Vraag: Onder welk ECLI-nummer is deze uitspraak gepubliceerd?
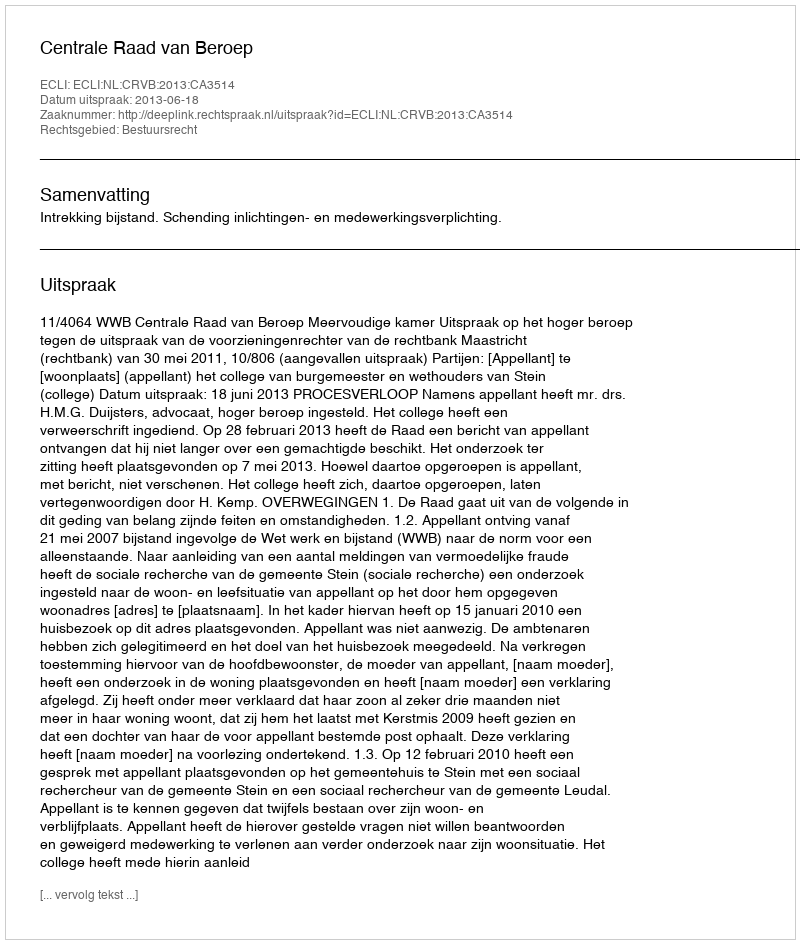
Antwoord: ECLI:NL:CRVB:2013:CA3514